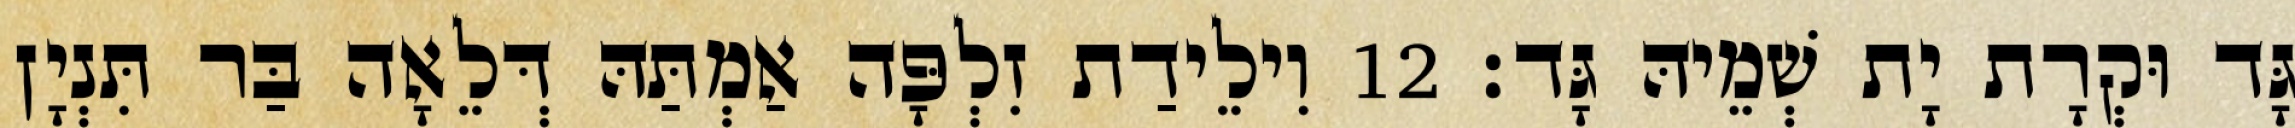
גָּד וּקְרָת יָת שְׁמֵיהּ גָּד׃ 12 וִילֵידַת זִלְפָּה אַמְתַּהּ דְּלֵאָה בַּר תִּנְיָן